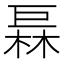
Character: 𪩦